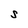
Character: S